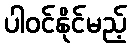
ပါဝင်နိုင်မည့်